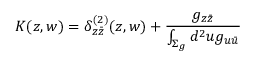
K ( z , w ) = \delta _ { z \bar { z } } ^ { ( 2 ) } ( z , w ) + { \frac { g _ { z \bar { z } } } { \int _ { \Sigma _ { g } } d ^ { 2 } u g _ { u \bar { u } } } }